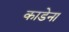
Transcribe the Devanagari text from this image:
काडेना